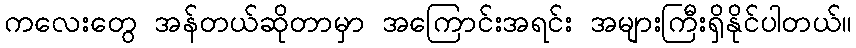
ကလေးတွေ အန်တယ်ဆိုတာမှာ အကြောင်းအရင်း အများကြီးရှိနိုင်ပါတယ်။